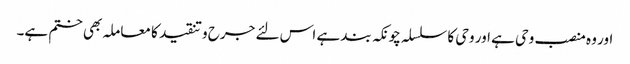
اور وہ منصب وحی ہے اور وحی کا سلسلہ چونکہ بند ہے اس لئے جرح وتنقید کا معاملہ بھی ختم ہے۔